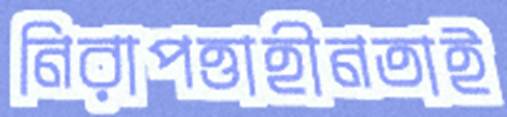
নিরাপত্তাহীনতাই